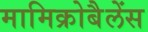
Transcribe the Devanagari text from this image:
मामिक्रोबैलेंस